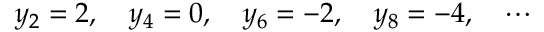
y _ { 2 } = 2 , \quad y _ { 4 } = 0 , \quad y _ { 6 } = - 2 , \quad y _ { 8 } = - 4 , \quad \cdots